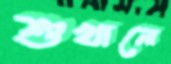
শুখানো